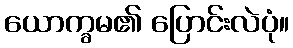
ယောက္ခမ၏ ပြောင်းလဲပုံ။